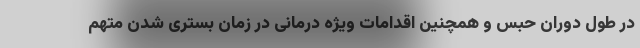
در طول دوران حبس و همچنین اقدامات ویژه درمانی در زمان بستری شدن متهم